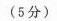
(5分)